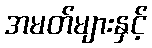
အမတ်များနှင့်